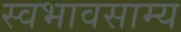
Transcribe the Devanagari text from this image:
स्वभावसाम्य